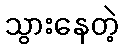
သွားနေတဲ့